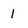
Character: 1